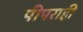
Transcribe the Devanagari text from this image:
पीपराही